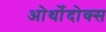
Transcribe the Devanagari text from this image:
ओर्थोदोक्स